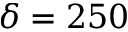
\delta = 2 5 0